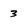
Character: 3